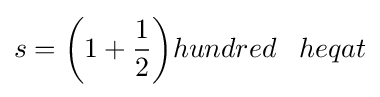
s={\bigg (}1+{\frac {1}{2}}{\bigg )}hundred\;\;\;heqat